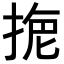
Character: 𢮾